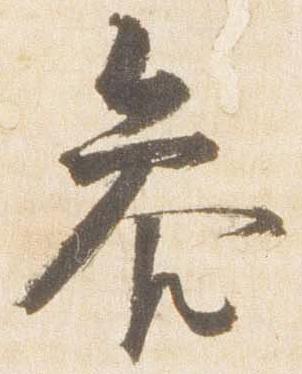
参